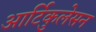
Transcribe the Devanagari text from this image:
आर्टिकुलेसन